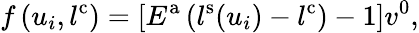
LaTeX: f\left(u_{i},l^{\mathrm{c}}\right)=\left[E^{\mathrm{a}}\left(l^{\mathrm{s}}(u_{i})-l^{\mathrm{c}}\right)-1\right]v^{\mathrm{0}},